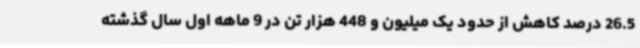
26.5 درصد کاهش از حدود یک میلیون و 448 هزار تن در 9 ماهه اول سال گذشته